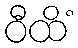
ဝီထိံ